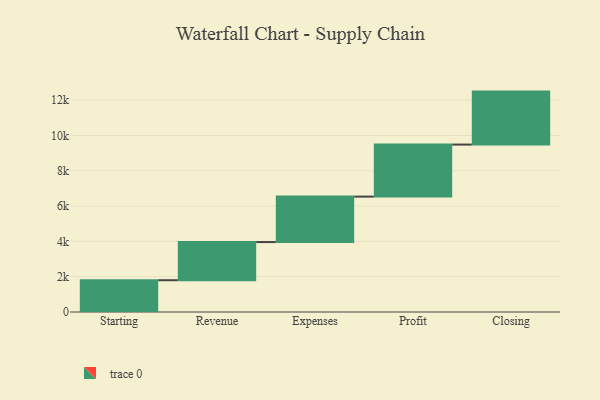
{"axis": {"x": "Step", "y": "Value"}, "legend": [""], "data": [{"x": "Starting", "y": 1800.0, "type": ""}, {"x": "Revenue", "y": 2161.0, "type": ""}, {"x": "Expenses", "y": 2575.0, "type": ""}, {"x": "Profit", "y": 2947.0, "type": ""}, {"x": "Closing", "y": 3000, "type": ""}]}